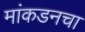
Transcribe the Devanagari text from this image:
मांकडनचा